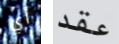
أي عقد